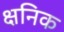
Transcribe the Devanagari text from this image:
क्षनिक